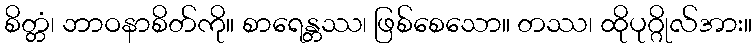
စိတ္တံ၊ ဘာဝနာစိတ်ကို။ စာရေန္တဿ၊ ဖြစ်စေသော။ တဿ၊ ထိုပုဂ္ဂိုလ်အား။